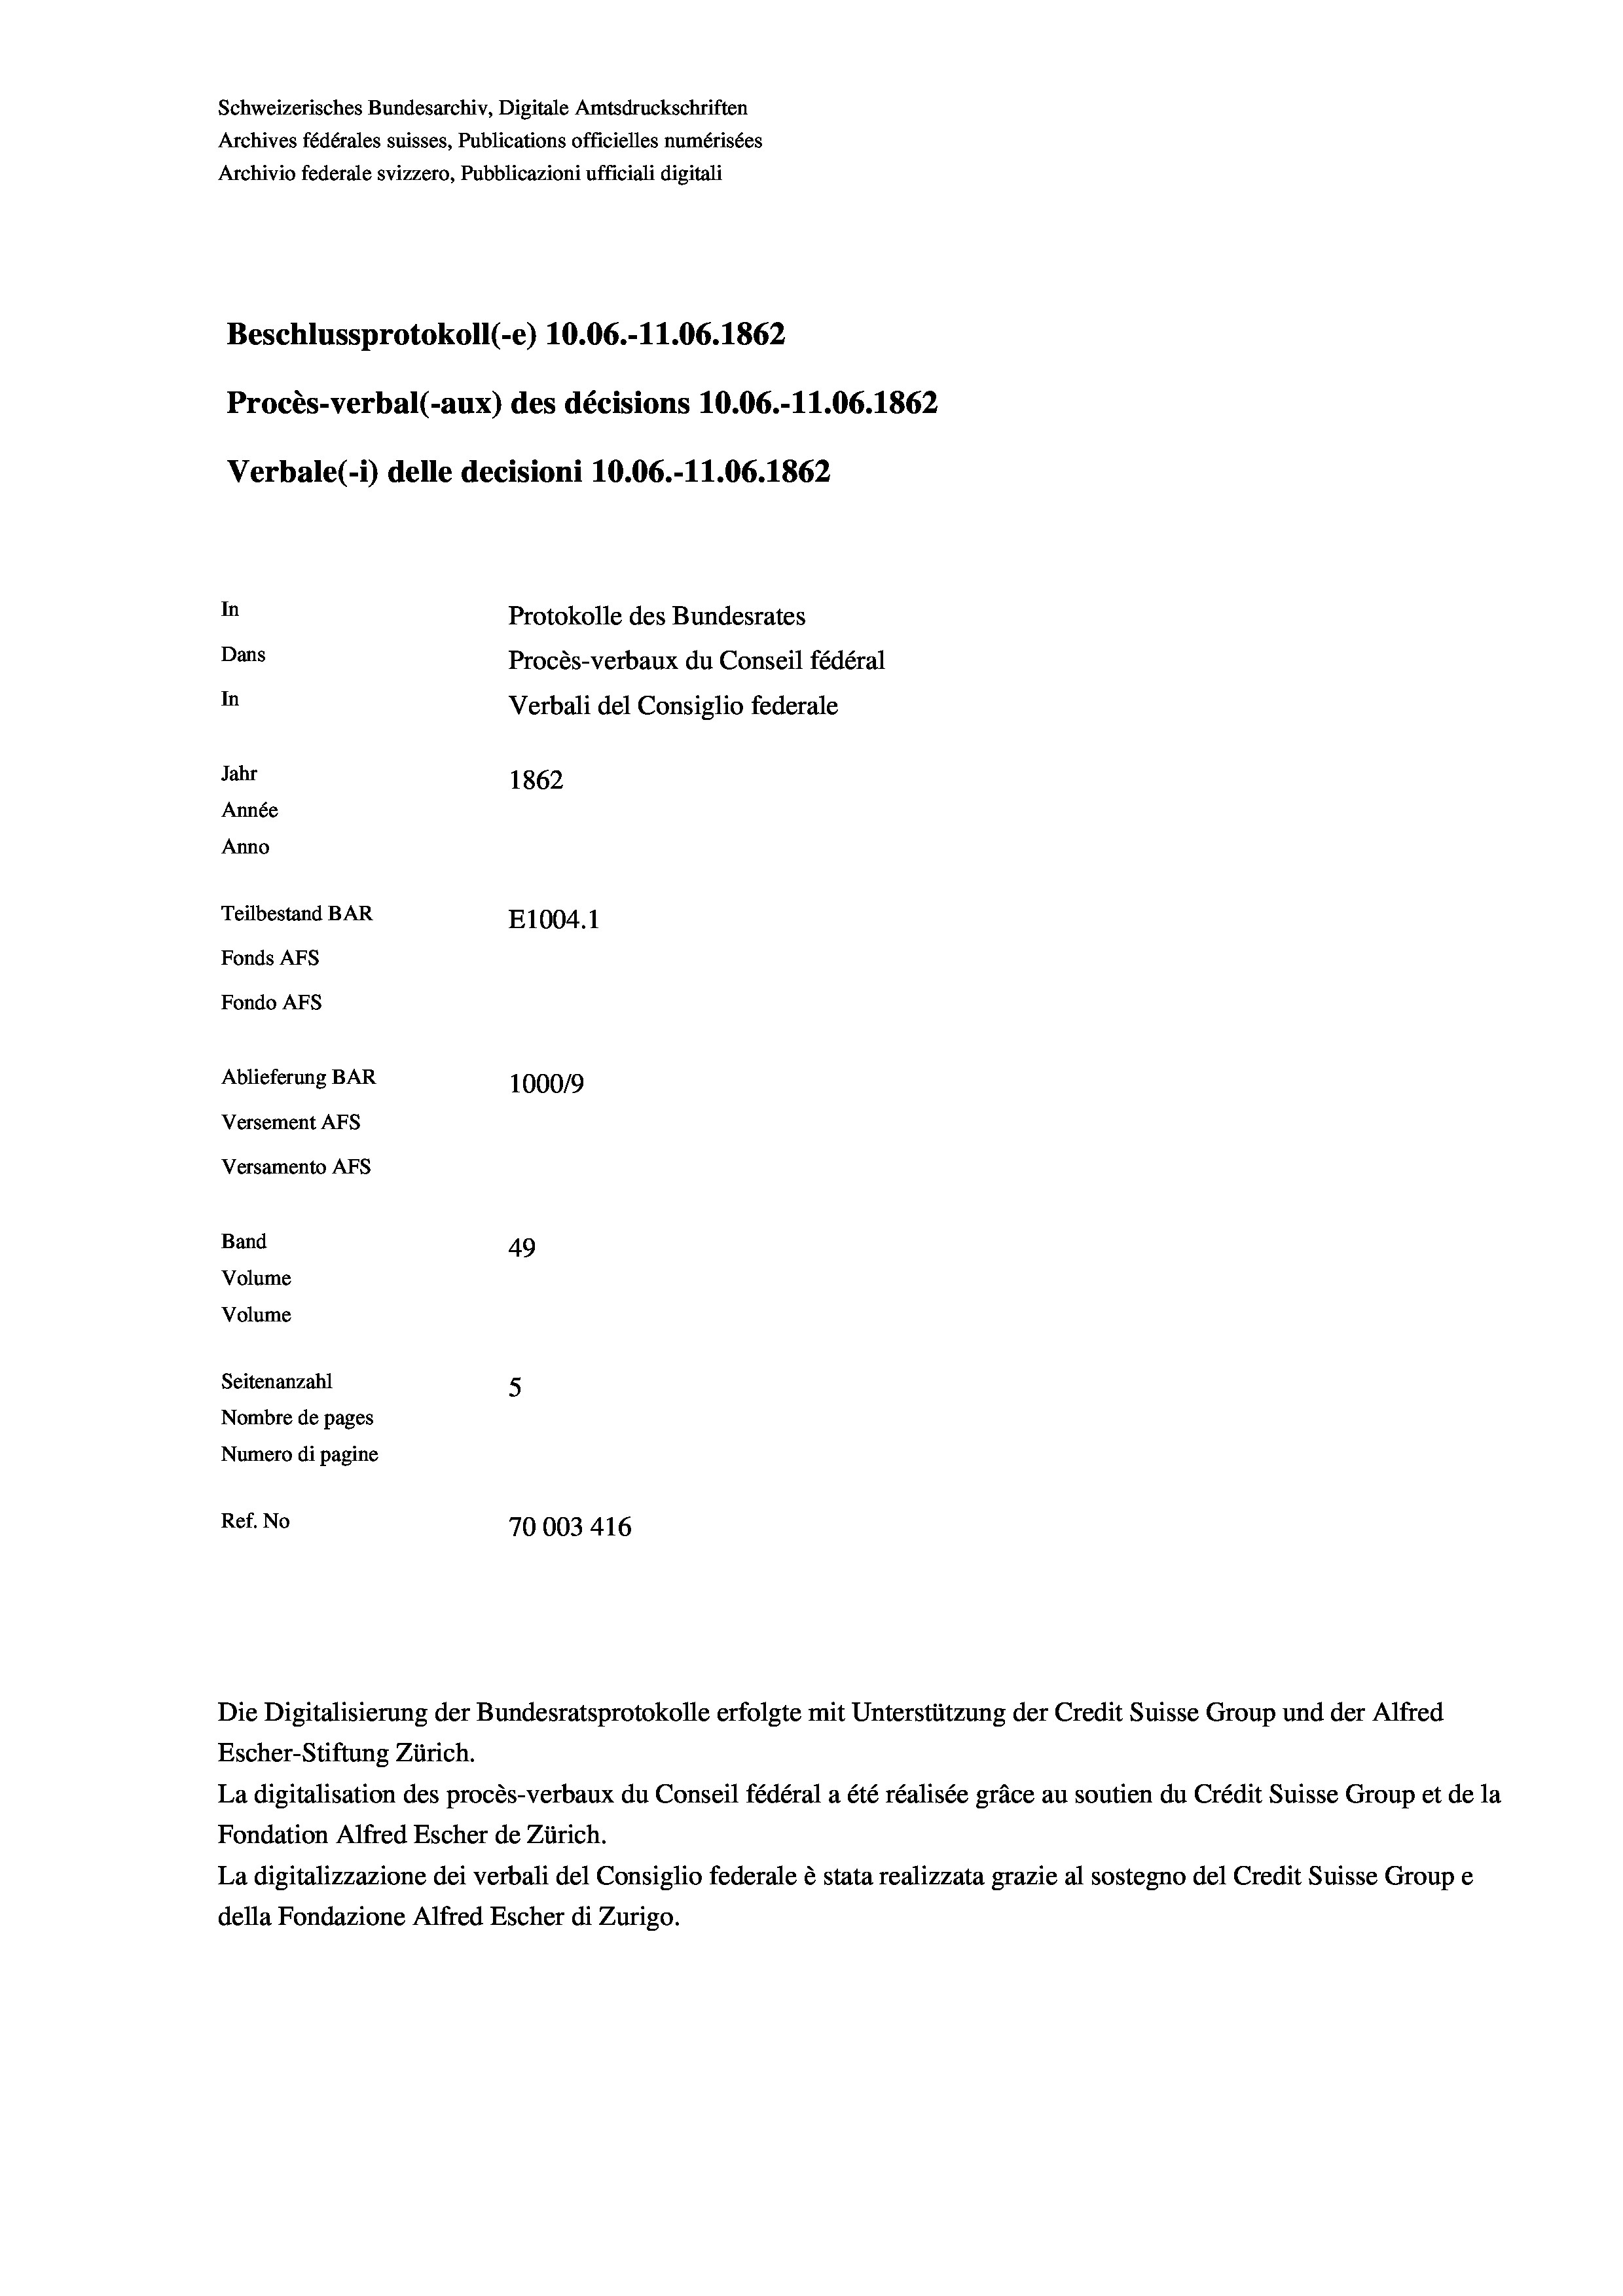
Schweizerisches Bundesarchiv, Digitale Amtsdruckschriften
Archives fédérales suisses, Publications officielles numérisées
Archivio federale svizzero, Pubblicazioni ufficiali digitali
Beschlussprotokoll (e) 10.06.-11.06. 1862
Procès-verbal (-aux) des décisions 10.06.-11.06. 1862
Verbale (i) delle decisioni 10.06.-11.06. 1862.
In
Protokolle des Bundesrates
Dans
Procès-verbaux du Conseil fédéral
In
Verbali del Consiglio federale
Jahr
1862
Année
Anno
Teilbestand BAR
E1004. 1
Fonds AFs
Fondo Afs
Ablieferung BAR
100019
Versement AFs
Versamento Afs
Band
49
Volume
Volume
Seitenanzahl
5
Nombre de pages
Numero di pagine
Ref. No
70003 416

Escher-Stiftung Zürich.
La digitalisation des procès-verbaux du Conseil fédéral a été réalisée gräce au soutien du Crédit Suisse Group et de la
Fondation Alfred Escher de Zürich.
La digitalizzazione dei verbali del Consiglio federale è stata realizzata grazie al sostegno del Credit Suisse Groupe
della Fondazione Alfred Escher di Zurigo.

Die Digitalisierung der Bundesratsprotokolle erfolgte mit Unterstützung der Credit Suisse Group und der Alfred